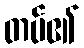
တပ်၏